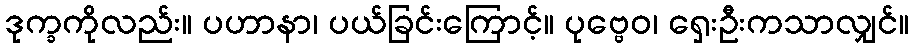
ဒုက္ခကိုလည်း။ ပဟာနာ၊ ပယ်ခြင်းကြောင့်။ ပုဗ္ဗေဝ၊ ရှေးဦးကသာလျှင်။